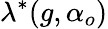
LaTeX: \lambda^{*}(g,\alpha_{o})